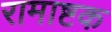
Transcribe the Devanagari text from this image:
रामाष्टक